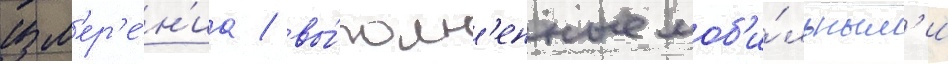
изм'ер'е́н'иа / вы́полн'енные моб'и́льным'и